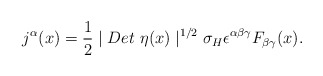
\begin{align*}j^\alpha (x)=\frac 12\mid Det\ \eta (x)\mid ^{1/2}\sigma _H\epsilon ^{\alpha\beta \gamma }F_{\beta \gamma }(x).\end{align*}